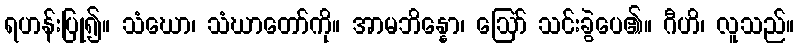
ရဟန်းပြု၍။ သံဃော၊ သံဃာတော်ကို။ အာမဘိန္နော၊ ဩော် သင်းခွဲပေ၏။ ဂီဟိ၊ လူသည်။